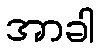
အာခါ